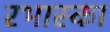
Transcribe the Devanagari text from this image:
रभास्‍का